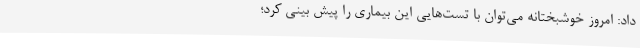
داد: امروز خوشبختانه می‌توان با تست‌هایی این بیماری را پیش بینی کرد؛